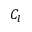
C _ { l }